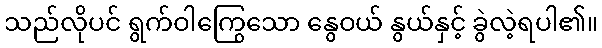
သည်လိုပင် ရွက်ဝါကြွေသော နွေဝယ် နွယ်နှင့် ခွဲလဲ့ရပါ၏။